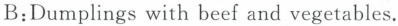
B:Dumplings with beef and vegetables.